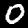
Label: 0